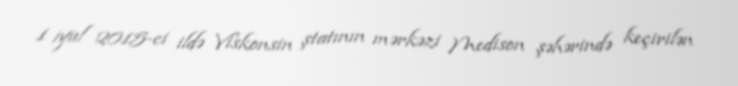
1 iyul 2015-ci ildə Viskonsin ştatının mərkəzi Medison şəhərində keçirilən